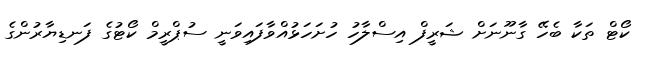
ކޯޓް ތަކާ ބެހޭ ގާނޫނަށް ޝަރީފް އިސްލާހު ހުށަހަޅުއްވާފައިވަނީ ސުޕްރީމް ކޯޓުގެ ފަނޑިޔާރުންގެ